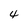
Character: 4